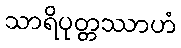
သာရိပုတ္တဿာဟံ